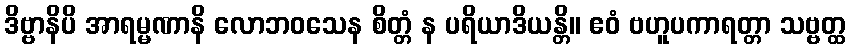
ဒိဗ္ဗာနိပိ အာရမ္မဏာနိ လောဘဝသေန စိတ္တံ န ပရိယာဒိယန္တိ။ ဧဝံ ဗဟူပကာရတ္တာ သဗ္ဗတ္ထ